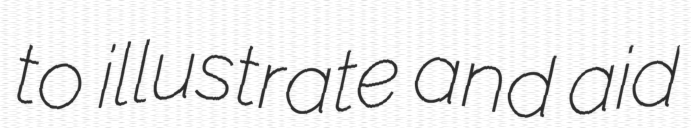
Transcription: to illustrate and aid